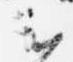
云